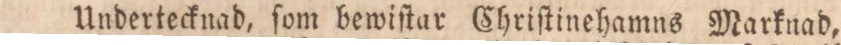
Undertecknad, ſom bewiſtar Chriſtinehamns Marknad,